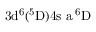
\mathrm { 3 d ^ { 6 } ( ^ { 5 } D ) 4 s \ a \, ^ { 6 } D }